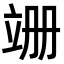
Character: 𫁠